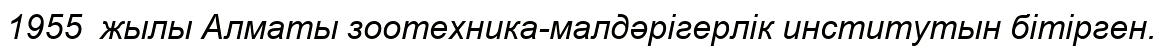
1955  жылы Алматы зоотехника-малдәрігерлік институтын бітірген.